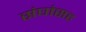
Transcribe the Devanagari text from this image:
संघांसह